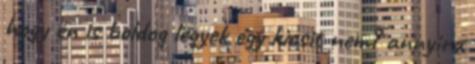
hogy én is boldog legyek egy kicsit nem? annyira